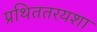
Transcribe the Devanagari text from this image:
प्रथिततरयशा